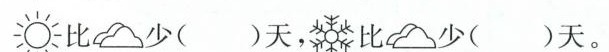
比 少 （）天，比 少 （）天。